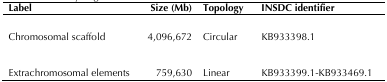
<table><thead><tr><td><b>Label</b></td><td><b>Size (Mb)</b></td><td><b>Topology</b></td><td><b>INSDC identifier</b></td></tr></thead><tbody><tr><td>Chromosomal scaffold</td><td>4,096,672</td><td>Circular</td><td>KB933398.1</td></tr><tr><td>Extrachromosomal elements</td><td>759,630</td><td>Linear</td><td>KB933399.1-KB933469.1</td></tr></tbody></table>